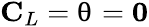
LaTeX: \mathbf{C}_{L}=\mathbf{\uptheta}=\mathbf{0}